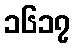
၁၆၁၇